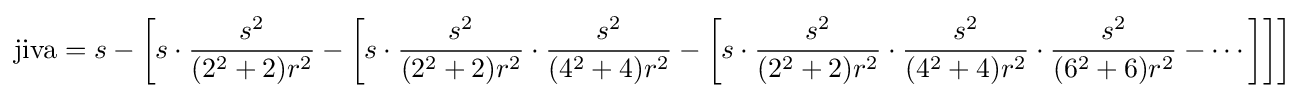
{\text{jiva}}=s-\left[s\cdot {\frac {s^{2}}{(2^{2}+2)r^{2}}}-\left[s\cdot {\frac {s^{2}}{(2^{2}+2)r^{2}}}\cdot {\frac {s^{2}}{(4^{2}+4)r^{2}}}-\left[s\cdot {\frac {s^{2}}{(2^{2}+2)r^{2}}}\cdot {\frac {s^{2}}{(4^{2}+4)r^{2}}}\cdot {\frac {s^{2}}{(6^{2}+6)r^{2}}}-\cdots \right]\right]\right]